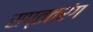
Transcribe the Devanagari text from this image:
सप्ततरंग